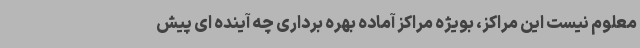
معلوم نیست این مراکز، بویژه مراکز آماده بهره برداری چه آینده ای پیش